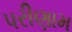
પરીણામ